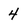
Character: 4